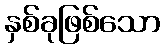
နှစ်ခုဖြစ်သော